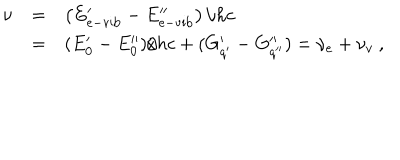
\begin{array} { r c l } { { \nu } } & { { = } } & { { \left( E _ { \mathrm { e - v i b } } ^ { \prime } - E _ { \mathrm { e - v i b } } ^ { \prime \prime } \right) / h c } } \\ { { } } & { { = } } & { { ( E _ { 0 } ^ { \prime } - E _ { 0 } ^ { \prime \prime } ) / h c + ( G _ { q ^ { \prime } } ^ { \prime } - G _ { q ^ { \prime \prime } } ^ { \prime \prime } ) = \nu _ { e } + \nu _ { v } ~ , } } \\ \end{array}